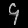
Digit: ၄